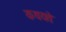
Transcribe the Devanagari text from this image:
कथयते